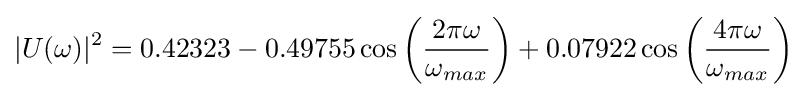
|U(\omega )|^{2}=0.42323-0.49755\cos \left({\frac {2\pi \omega }{\omega _{max}}}\right)+0.07922\cos \left({\frac {4\pi \omega }{\omega _{max}}}\right)